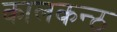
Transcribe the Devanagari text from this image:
कालकन्ठ